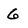
Character: 6